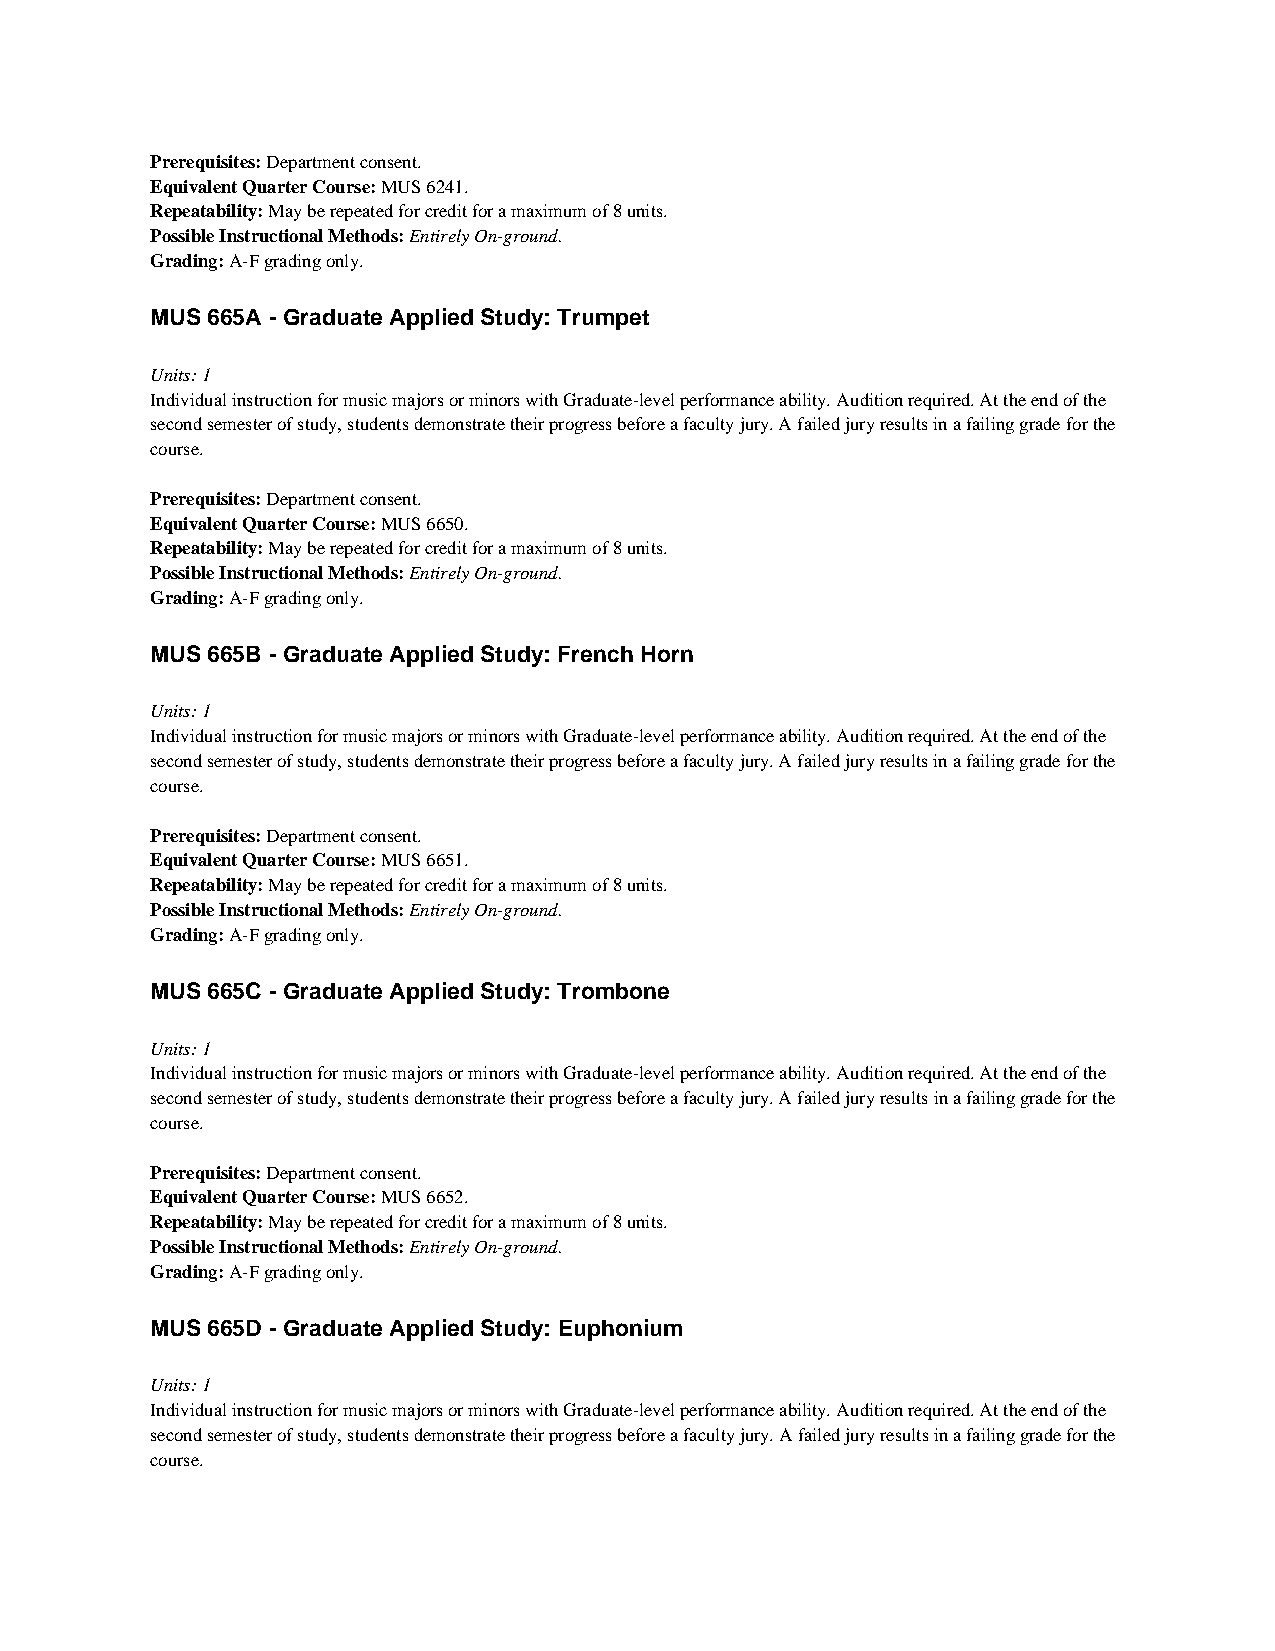
Prerequisites: Department consent.
 Equivalent Quarter Course: MUS 6241.
 Repeatability: May be repeated for credit for a maximum of 8 units.
 Possible Instructional Methods: Entirely On-ground.
 Grading: A-F grading only.
 MUS 665A - Graduate Applied Study: Trumpet
 Units: 1
 Individual instruction for music majors or minors with Graduate-level performance ability. Audition required. At the end of the
 second semester of study, students demonstrate their progress before a faculty jury. A failed jury results in a failing grade for the
 course.
 Prerequisites: Department consent.
 Equivalent Quarter Course: MUS 6650.
 Repeatability: May be repeated for credit for a maximum of 8 units.
 Possible Instructional Methods: Entirely On-ground.
 Grading: A-F grading only.
 MUS 665B - Graduate Applied Study: French Horn
 Units: 1
 Individual instruction for music majors or minors with Graduate-level performance ability. Audition required. At the end of the
 second semester of study, students demonstrate their progress before a faculty jury. A failed jury results in a failing grade for the
 course.
 Prerequisites: Department consent.
 Equivalent Quarter Course: MUS 6651.
 Repeatability: May be repeated for credit for a maximum of 8 units.
 Possible Instructional Methods: Entirely On-ground.
 Grading: A-F grading only.
 MUS 665C - Graduate Applied Study: Trombone
 Units: 1
 Individual instruction for music majors or minors with Graduate-level performance ability. Audition required. At the end of the
 second semester of study, students demonstrate their progress before a faculty jury. A failed jury results in a failing grade for the
 course.
 Prerequisites: Department consent.
 Equivalent Quarter Course: MUS 6652.
 Repeatability: May be repeated for credit for a maximum of 8 units.
 Possible Instructional Methods: Entirely On-ground.
 Grading: A-F grading only.
 MUS 665D - Graduate Applied Study: Euphonium
 Units: 1
 Individual instruction for music majors or minors with Graduate-level performance ability. Audition required. At the end of the
 second semester of study, students demonstrate their progress before a faculty jury. A failed jury results in a failing grade for the
 course.